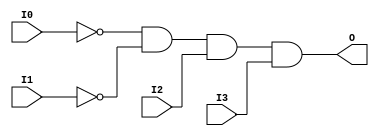

/*

FUNCTION	: 4-INPUT AND GATE

*/

`timescale  100 ps / 10 ps

`celldefine

module AND4B2 (O, I0, I1, I2, I3);


    output O;

    input  I0, I1, I2, I3;

    not N1 (i1_inv, I1);
    not N0 (i0_inv, I0);
    and A1 (O, i0_inv, i1_inv, I2, I3);

    specify
	(I0 *> O) = (0, 0);
	(I1 *> O) = (0, 0);
	(I2 *> O) = (0, 0);
	(I3 *> O) = (0, 0);
    endspecify

endmodule

`endcelldefine